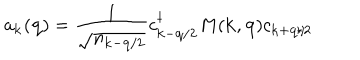
a _ { { \bf { k } } } ( { \bf { q } } ) = \frac { 1 } { \sqrt { n _ { { \bf { k } } - { \bf { q } } / 2 } } } c _ { { \bf { k } } - { \bf { q } } / 2 } ^ { \dagger } M ( { \bf { k } } , { \bf { q } } ) c _ { { \bf { k } } + { \bf { q } } / 2 }